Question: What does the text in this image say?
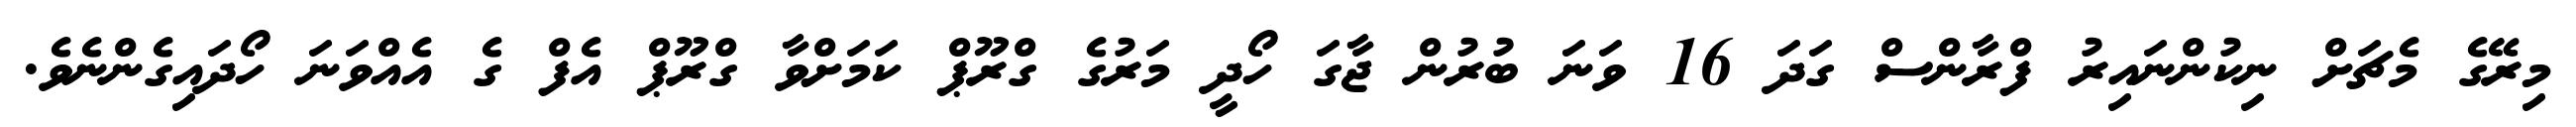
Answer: މިރޭގެ މެޗަށް ނިކުންނައިރު ފްރާންސް ގަދަ 16 ވަނަ ބުރުން ޖާގަ ހޯދީ މަރުގެ ގްރޫޕް ކަމަށްވާ ގްރޫޕް އެފް ގެ އެއްވަނަ ހޯދައިގެންނެވެ.